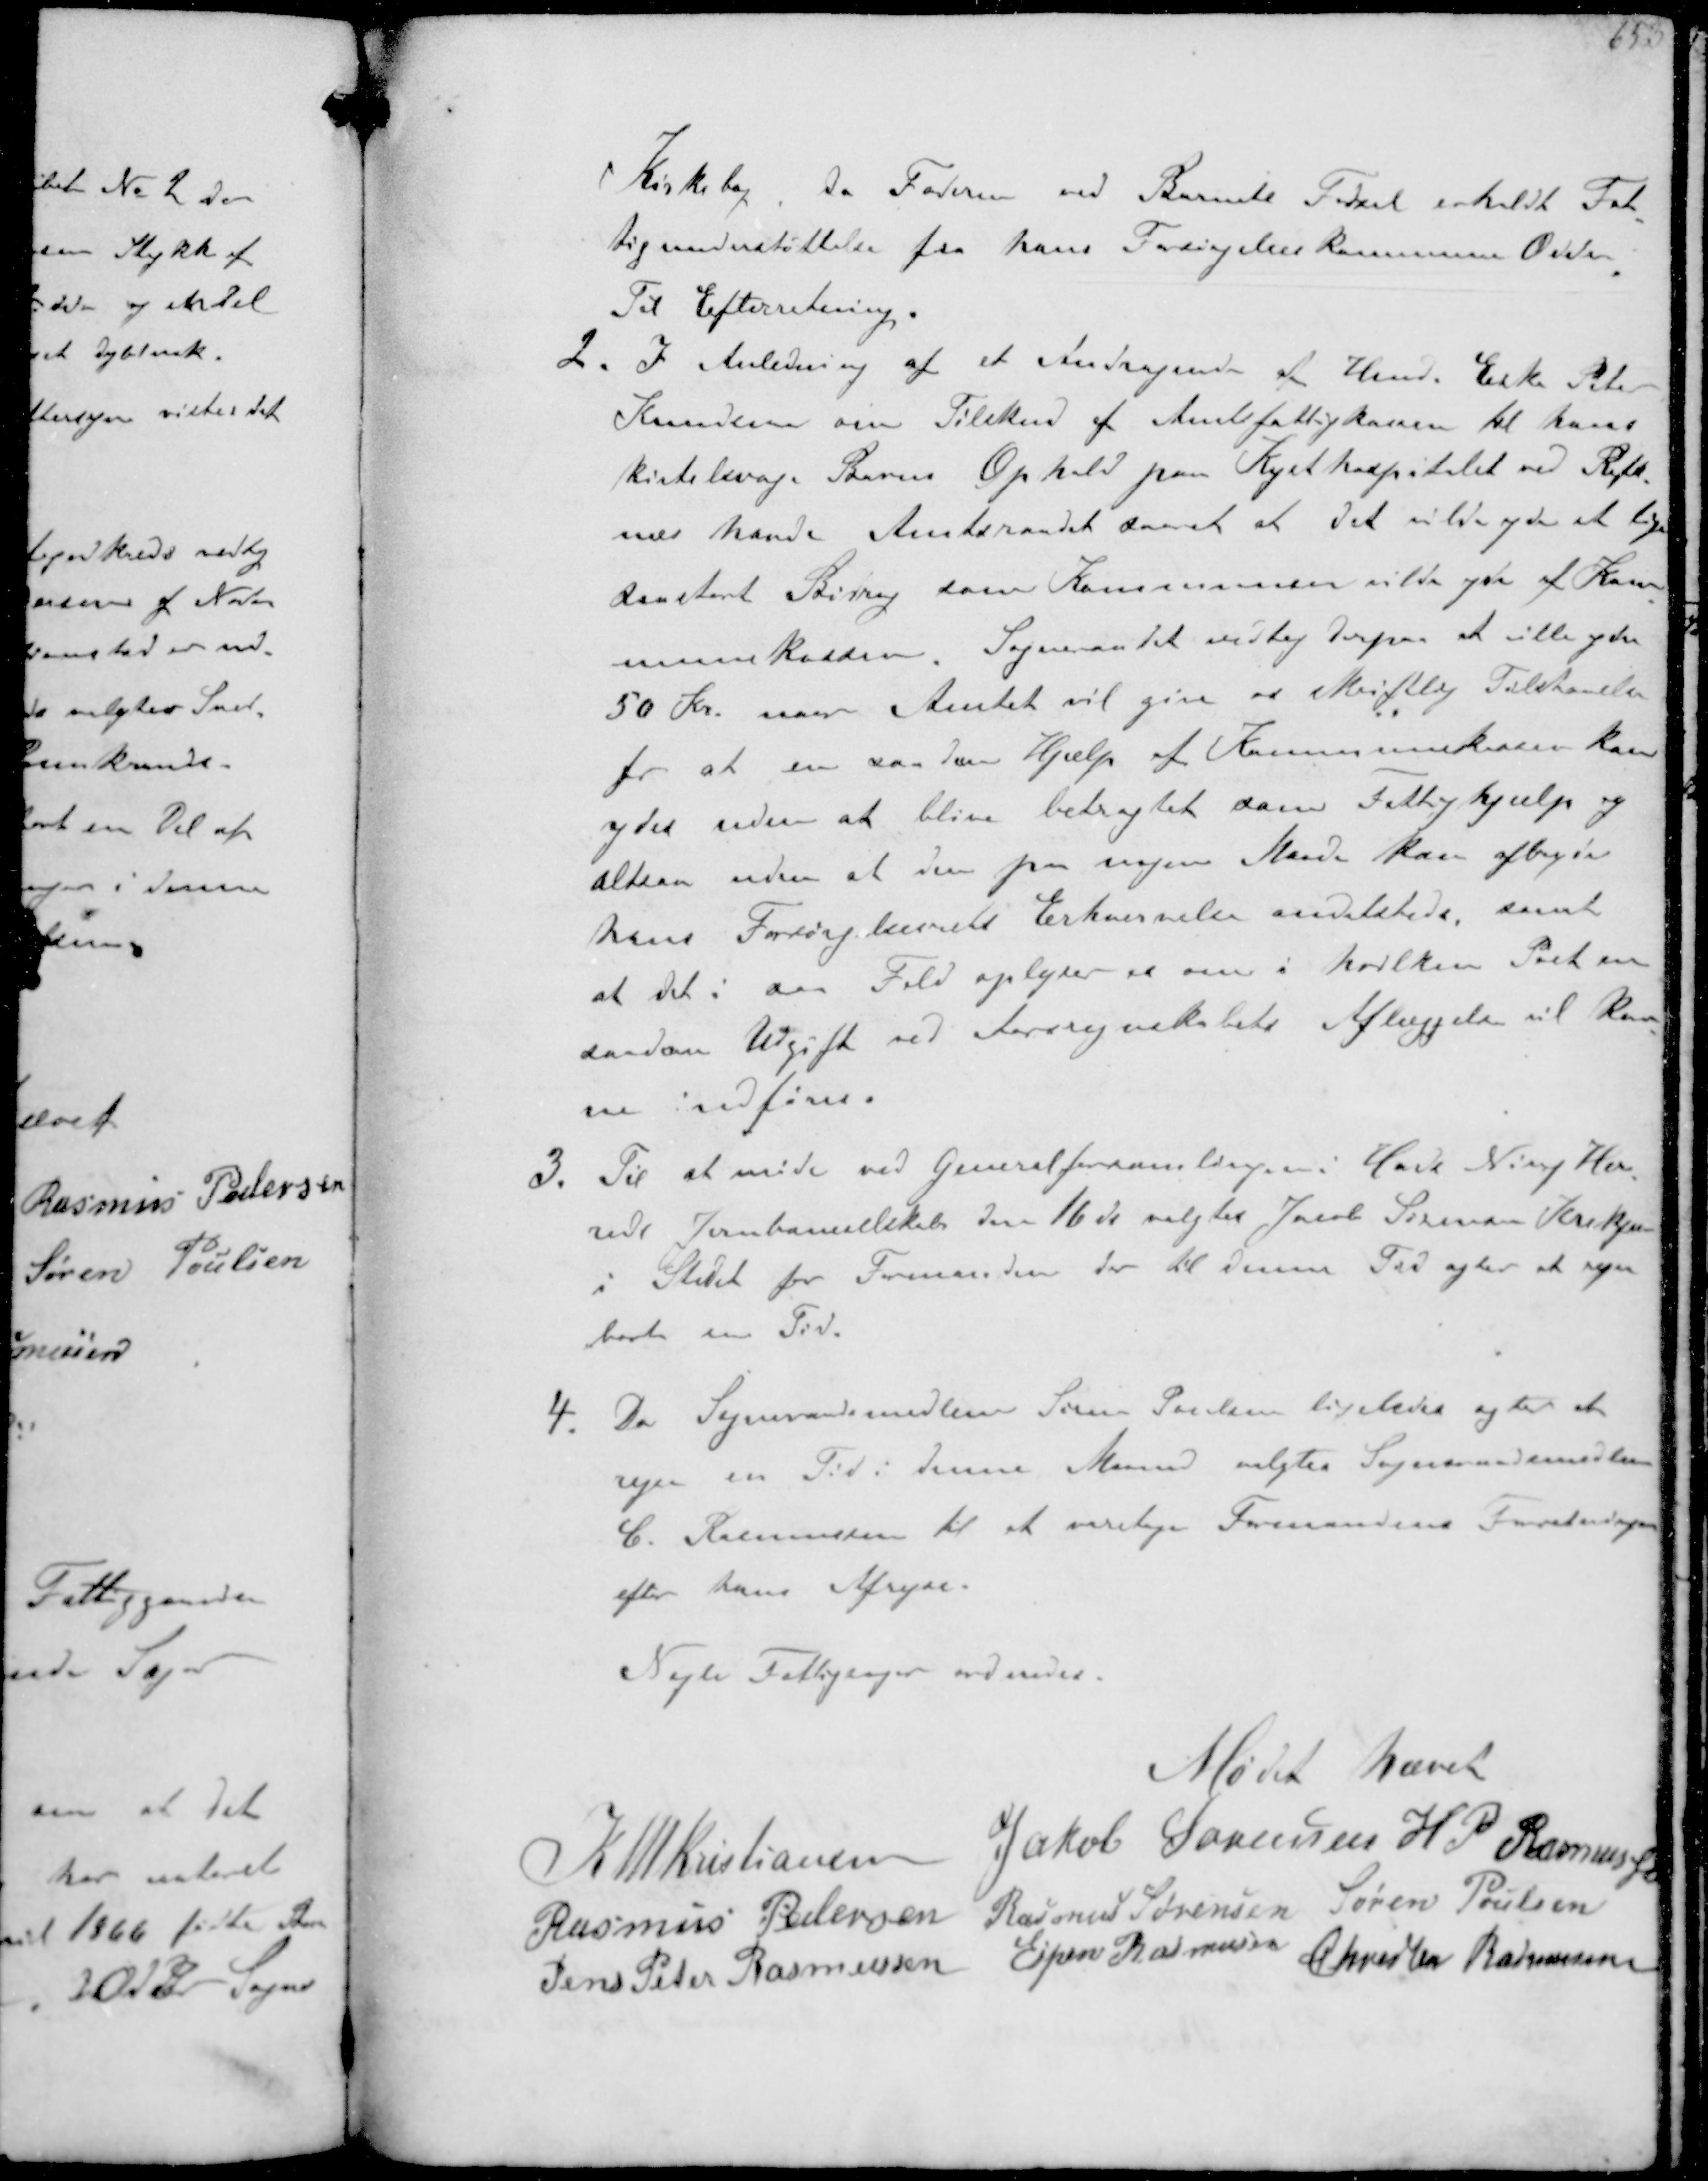
Transskription:
Kirkebog da Faderen ved Barnets Fødsel erholdt Fat-
tigunderstøttelse fra hans Forsørgelseskommune Odder
Til Efterretning.
2. I Anledning af et Andragende af Hmd. Erik Peter
Knudsen om Tilskud af Amtsfattigkassen til hans
kirtelsvage Barns Ophold paa Kysthospitalet ved Refs-
nes havde Amtsraadet svaret at det vilde yde at lige-
danstort Bidrag som Kommunen vilde af Kom-
munekassen. Sogneraadet vedtog derpaa at ville yde
50 Kr. naar Amtet vil give os skriftlig Tilstaaelse
for at en saadan Hjælp af Kommunekassen kan
ydes uden at blive betragtet som Fattighjælp og
altsaa uden at den paa nogen Maade kan afbryde
hans Forsørgelsesrets Erhvervelse andetstede samt
at det i saa Fald oplyser se om i hvilken Post en
saadan Udgift ved Aarsregnskabets Aflæggelse til kun-
ne indføres
3. Til at møde ved Generalforsamlingen i Hads Ning Her-
reds Jernbaneselskab den 16 ds valgtes Jacob Sørensen Krekjær
i Stedet for Formanden der til denne Tid agter at rejse
bort en Tid
4 Da Sogneraadsmedlem Søren Poulsen ligeledes agter at
rejse en Tid i denne Maaned valgtes Sogneraadsmedlem
C. Rasmussen til at overtage Formandens Forretninger
efter hans Afrejse.
Nogle Fattigsager ordnedes

Mødet hævet

K N M Kristiansen
Jakob Sørensen H P Rasmussen
Rasmus Pedersen
Rasmus Sørensen Søren Poulsen
Jens Peter Rasmussen
Espen Rasmussen
Christen Rasmussen